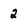
Character: 2